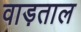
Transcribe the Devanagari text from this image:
वाड़ताल